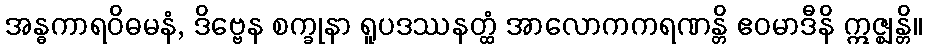
အန္ဓကာရဝိဓမနံ, ဒိဗ္ဗေန စက္ခုနာ ရူပဒဿနတ္ထံ အာလောကကရဏန္တိ ဧဝမာဒီနိ ဣဇ္ဈန္တိ။